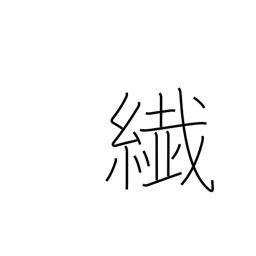
Meaning: thin kimono